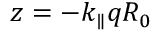
z = - k _ { \parallel } q R _ { 0 }